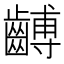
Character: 𪙍